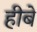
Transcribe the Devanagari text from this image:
हीबे